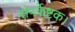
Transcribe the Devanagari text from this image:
संपर्केष्टक।